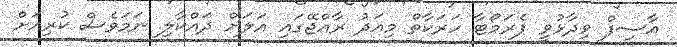
އާސިފް ވިދާޅުވީ ޕެރަމޯޓާ ހަރަކާތް މިއަދު ރާއްޖޭގައި އަލަށް ދައްކާލި ނަމަވެސް ކުރިއަށް